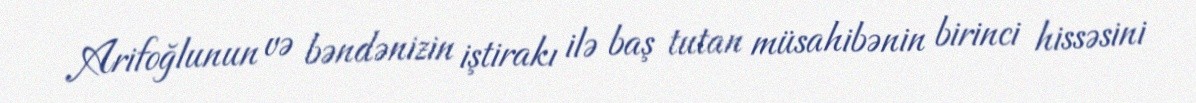
Arifoğlunun və bəndənizin iştirakı ilə baş tutan müsahibənin birinci hissəsini